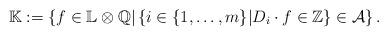
LaTeX: \begin{align*}\mathbb K:=\left\{f\in \mathbb L\otimes \mathbb Q|\left\{i \in \{1,\ldots,m\}| D_i\cdot f\in \mathbb Z \right\}\in \mathcal A\right\}.\end{align*}